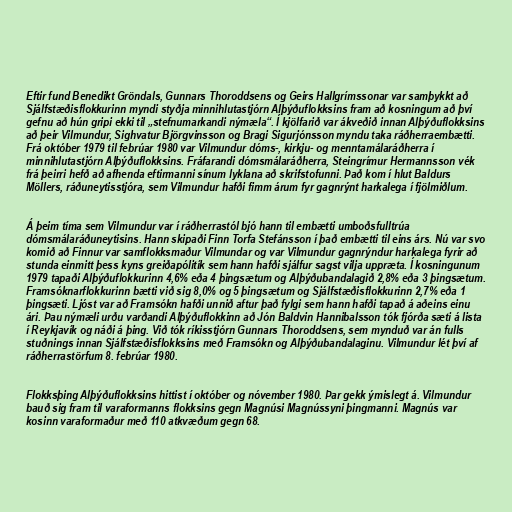
Eftir fund Benedikt Gröndals, Gunnars Thoroddsens og Geirs Hallgrímssonar var samþykkt að
Sjálfstæðisflokkurinn myndi styðja minnihlutastjórn Alþýðuflokksins fram að kosningum að því
gefnu að hún gripi ekki til „stefnumarkandi nýmæla“. Í kjölfarið var ákveðið innan Alþýðuflokksins
að þeir Vilmundur, Sighvatur Björgvinsson og Bragi Sigurjónsson myndu taka ráðherraembætti.
Frá október 1979 til febrúar 1980 var Vilmundur dóms-, kirkju- og menntamálaráðherra í
minnihlutastjórn Alþýðuflokksins. Fráfarandi dómsmálaráðherra, Steingrímur Hermannsson vék
frá þeirri hefð að afhenda eftirmanni sínum lyklana að skrifstofunni. Það kom í hlut Baldurs
Möllers, ráðuneytisstjóra, sem Vilmundur hafði fimm árum fyr gagnrýnt harkalega í fjölmiðlum.

Á þeim tíma sem Vilmundur var í ráðherrastól bjó hann til embætti umboðsfulltrúa
dómsmálaráðuneytisins. Hann skipaði Finn Torfa Stefánsson í það embætti til eins árs. Nú var svo
komið að Finnur var samflokksmaður Vilmundar og var Vilmundur gagnrýndur harkalega fyrir að
stunda einmitt þess kyns greiðapólitík sem hann hafði sjálfur sagst vilja uppræta. Í kosningunum
1979 tapaði Alþýðuflokkurinn 4,6% eða 4 þingsætum og Alþýðubandalagið 2,8% eða 3 þingsætum.
Framsóknarflokkurinn bætti við sig 8,0% og 5 þingsætum og Sjálfstæðisflokkurinn 2,7% eða 1
þingsæti. Ljóst var að Framsókn hafði unnið aftur það fylgi sem hann hafði tapað á aðeins einu
ári. Þau nýmæli urðu varðandi Alþýðuflokkinn að Jón Baldvin Hannibalsson tók fjórða sæti á lista
í Reykjavík og náði á þing. Við tók ríkisstjórn Gunnars Thoroddsens, sem mynduð var án fulls
stuðnings innan Sjálfstæðisflokksins með Framsókn og Alþýðubandalaginu. Vilmundur lét því af
ráðherrastörfum 8. febrúar 1980.

Flokksþing Alþýðuflokksins hittist í október og nóvember 1980. Þar gekk ýmislegt á. Vilmundur
bauð sig fram til varaformanns flokksins gegn Magnúsi Magnússyni þingmanni. Magnús var
kosinn varaformaður með 110 atkvæðum gegn 68.